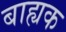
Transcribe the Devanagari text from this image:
बाह्यक